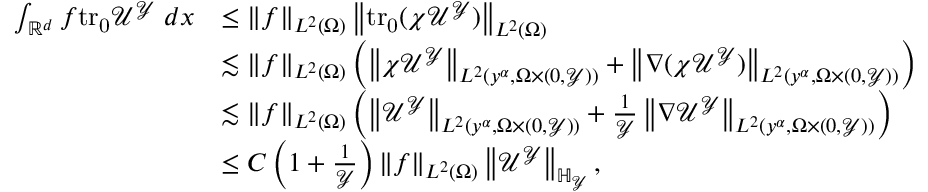
\begin{array} { r l } { \int _ { \mathbb { R } ^ { d } } f \mathrm { t r _ { 0 } } { \mathcal { U } ^ { \mathcal { Y } } } \; d x } & { \leq \left\| f \right\| _ { L ^ { 2 } ( \Omega ) } \left\| \mathrm { t r _ { 0 } } { ( \chi \mathcal { U } ^ { \mathcal { Y } } ) } \right\| _ { L ^ { 2 } ( \Omega ) } } \\ & { \lesssim \left\| f \right\| _ { L ^ { 2 } ( \Omega ) } \left( \left\| \chi \mathcal { U } ^ { \mathcal { Y } } \right\| _ { L ^ { 2 } ( y ^ { \alpha } , \Omega \times ( 0 , \mathcal { Y } ) ) } + \left\| \nabla ( \chi \mathcal { U } ^ { \mathcal { Y } } ) \right\| _ { L ^ { 2 } ( y ^ { \alpha } , \Omega \times ( 0 , \mathcal { Y } ) ) } \right) } \\ & { \lesssim \left\| f \right\| _ { L ^ { 2 } ( \Omega ) } \left( \left\| \mathcal { U } ^ { \mathcal { Y } } \right\| _ { L ^ { 2 } ( y ^ { \alpha } , \Omega \times ( 0 , \mathcal { Y } ) ) } + \frac { 1 } { \mathcal { Y } } \left\| \nabla \mathcal { U } ^ { \mathcal { Y } } \right\| _ { L ^ { 2 } ( y ^ { \alpha } , \Omega \times ( 0 , \mathcal { Y } ) ) } \right) } \\ & { \leq C \left( 1 + \frac { 1 } { \mathcal { Y } } \right) \left\| f \right\| _ { L ^ { 2 } ( \Omega ) } \left\| \mathcal { U } ^ { \mathcal { Y } } \right\| _ { \mathbb { H } _ { \mathcal { Y } } } , } \end{array}